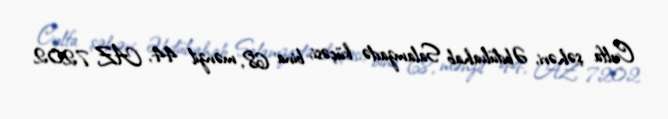
Culfa şəhəri, Əbdülvahab Salamzadə küçəsi, bina 68, mənzil 44, AZ 7202